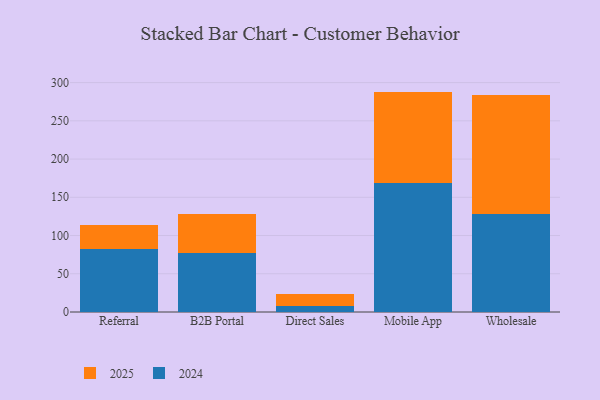
{"axis": {"x": "Channel", "y": "Churn Rate (%)"}, "legend": ["2024", "2025"], "data": [{"x": "Referral", "y": 30.9, "type": "2025"}, {"x": "Referral", "y": 82.5, "type": "2024"}, {"x": "B2B Portal", "y": 50.6, "type": "2025"}, {"x": "B2B Portal", "y": 76.9, "type": "2024"}, {"x": "Direct Sales", "y": 15.3, "type": "2025"}, {"x": "Direct Sales", "y": 8.1, "type": "2024"}, {"x": "Mobile App", "y": 120.0, "type": "2025"}, {"x": "Mobile App", "y": 168.2, "type": "2024"}, {"x": "Wholesale", "y": 155.8, "type": "2025"}, {"x": "Wholesale", "y": 127.5, "type": "2024"}]}